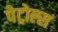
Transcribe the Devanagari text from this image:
पेट्रोल्स